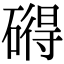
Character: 𥕣